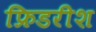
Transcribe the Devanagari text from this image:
फ्रिडरीश